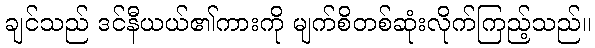
ချင်သည် ဒင်နီယယ်၏ကားကို မျက်စိတစ်ဆုံးလိုက်ကြည့်သည်။